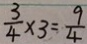
\frac { 3 } { 4 } \times 3 = \frac { 9 } { 4 }